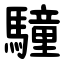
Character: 䮵